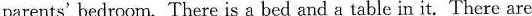
parents' bedroom. There is a bed and a table in it. There are